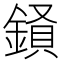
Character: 𮢧